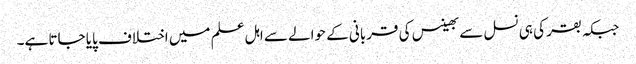
جبکہ بقر کی ہی نسل سے بھینس کی قربانی کے حوالے سے اہل علم میں اختلاف پایا جاتا ہے۔